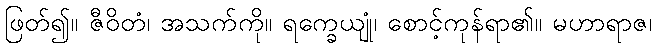
ဖြတ်၍။ ဇီဝိတံ၊ အသက်ကို။ ရက္ခေယျုံ၊ စောင့်ကုန်ရာ၏။ မဟာရာဇ၊